Report on malaria in the Punjab during the year ...  together with an account of the work of the Punjab Malaria Bureau - Volume 4
Disease focus: Malaria
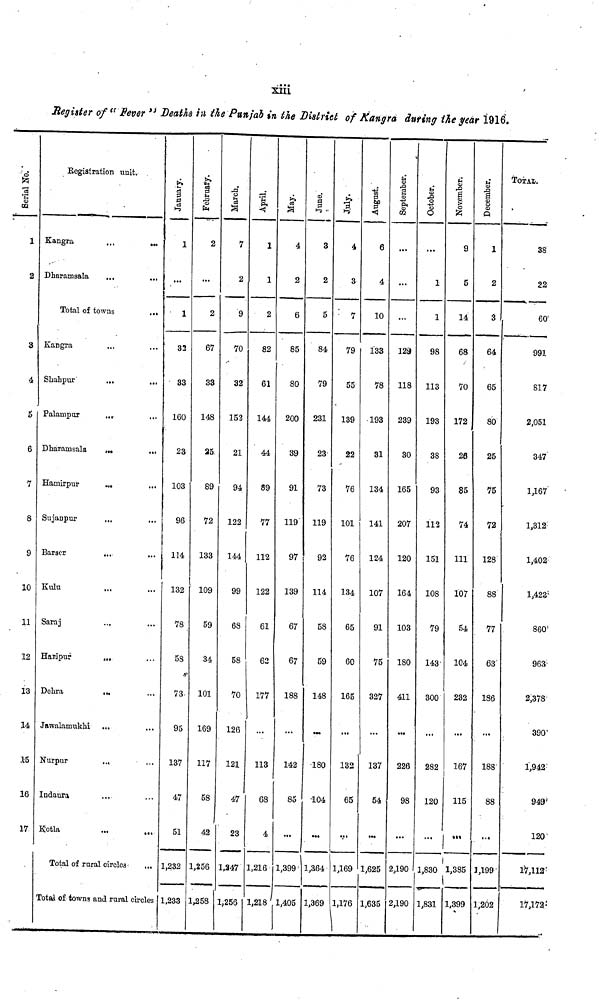
xiii
Register of "Fever" Deaths in the Punjab in the District of Kangra during the year 1916.
Serial No.
1
2
3
4
5
6
7
8
9
10
11
12
13
14
15
16
17
Registration unit.
Kangra
...
...
Dharamsala
Total of towns
...
Kangra
Shahpur
...
...
Palampur
...
Dharamsala
...
Hamirpur
...
...
Sujanpur
Barser
...
...
Kulu
Saraj
Haripur
...
Dehra
...
Jawalamukhi
Nurpur
...
Indaura
Kotla
Total of rural circle ...
Total of towns and rural circles
January.
1
...
1
32
33
160
23
103
96
114
132
78
58
73.
95
137
47
51
1,232
1,233
FEBRUARY.
2
...
2
67
33
148
25
89
72
133
109
59
34
101
169
117
58
42
1,256
1,258
March.
7
2
9
70
32
152
21
94
122
144
99
68
58
70
126
121
47
23
1,347
1,256
April.
1
1
2
82
61
144
44
89
77
112
122
61
62
177
113
68
4
1,216
1,218
May.
4
2
6
85
80
200
39
91
119
97
139
67
67
188
142
85
1,399
1,405
June.
3
2
5
84
79
231
23
73
119
92
114
58
59
148
180
104
1,364
1,369
July.
4
3
7
79
55
139
22
76
101
76
134
65
60
165
132
65
1,169
1,176
\
August.
6
4
10
Í33
78
• 193
31
134
141
124
107
91
75
327
137
54
1,625
1,635
September.
...
...
...
129
118
239
30
165
207
120
164
103
180
411
226
98
2,190
2,190
October.
...
1
1
98
113
193
38
93
113
151
108
79
143
300
282
120
1,830
1,831
November.
9
5
14
68
70
172
26
85
74
111
107
54
104
232
167
115
1,385
1,399
December.
1
2
3
64
65
80
25
75
72
128
88
77
63
186
188
88
1,199
1,202
TOTAL.
38
22
60
991
817
2,051
347
1,167
1,312
1,402
1,423
860'
963
2,378
390'
1,942
949'
120
17,112
17,172